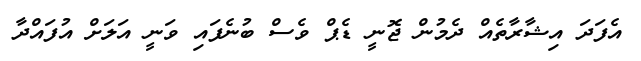
އެފަދަ އިޝާރާތެއް ދެމުން ޖޮނީ ޑެޕް ވެސް ބުނެފައި ވަނީ އަލަށް އުފައްދާ